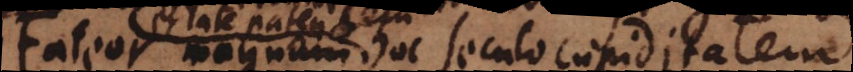
Fateor magnam hoc seculo cupiditatem